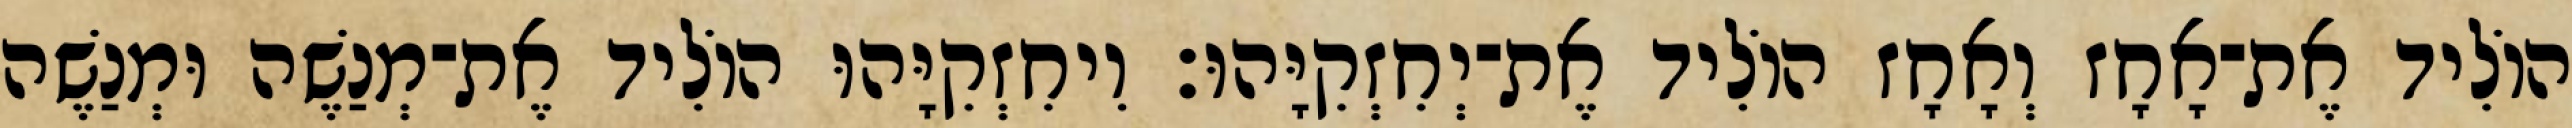
הוֹלִיד אֶת־אָחָז וְאָחָז הוֹלִיד אֶת־יְחִזְקִיָּהוּ׃ וִיחִזְקִיָּהוּ הוֹלִיד אֶת־מְנַשֶׁה וּמְנַשֶׁה